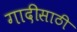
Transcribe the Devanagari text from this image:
गादीसाठी